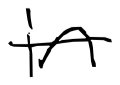
Text: in
Cross-out: single-line
Writing tool: digital_black